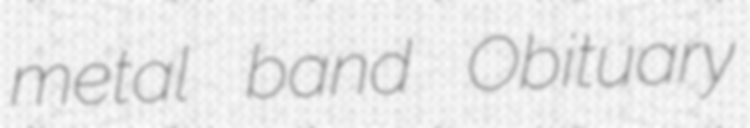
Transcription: metal band Obituary